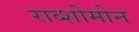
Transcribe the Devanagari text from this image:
राव्शोमोन